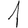
Digit: 1